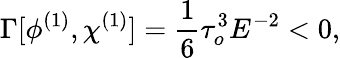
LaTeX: \Gamma[\phi^{(1)},\chi^{(1)}]={\frac{1}{6}}\tau_{o}^{3}E^{-2}<0,